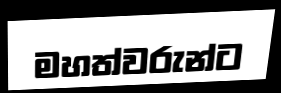
මහත්වරුන්ට